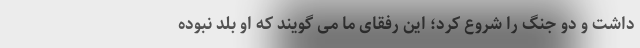
داشت و دو جنگ را شروع کرد؛ این رفقای ما می ‌گویند که او بلد نبوده